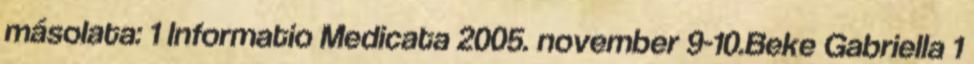
másolata: 1 Informatio Medicata 2005. november 9-10.Beke Gabriella 1